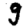
Digit: 9